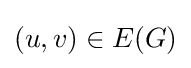
(u,v)\in E(G)